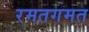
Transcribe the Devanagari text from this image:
रमतगमत